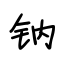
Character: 钠